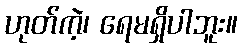
ဟုတ်ကဲ့၊ ရေမရှိပါဘူး။